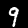
Label: 9